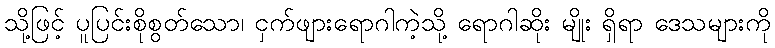
သို့ဖြင့် ပူပြင်းစိုစွတ်သော၊ ငှက်ဖျားရောဂါကဲ့သို့ ရောဂါဆိုး မျိုး ရှိရာ ဒေသများကို